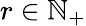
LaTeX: r\in\mathbb{N}_{+}